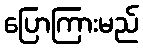
ပြောကြားမည်